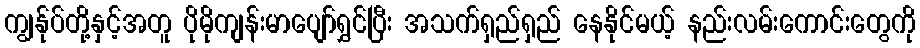
ကျွန်ုပ်တို့နှင့်အတူ ပိုမိုကျန်းမာပျော်ရွှင်ပြီး အသက်ရှည်ရှည် နေနိုင်မယ့် နည်းလမ်းကောင်းတွေကို